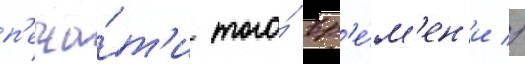
п'еча́т'и того́ вр'е́м'ен'и //